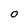
Character: O